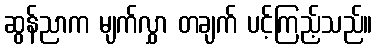
ဆွန်ညာက မျက်လွှာ တချက် ပင့်ကြည့်သည်။